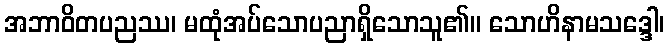
အဘာဝိတပညဿ၊ မထုံအပ်သောပညာရှိသောသူ၏။ သောဟိနာမသဒ္ဒေါ၊